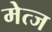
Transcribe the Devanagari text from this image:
मेत्ज